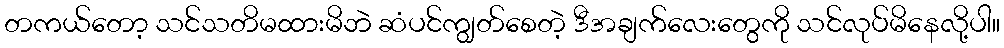
တကယ်တော့ သင်သတိမထားမိဘဲ ဆံပင်ကျွတ်စေတဲ့ ဒီအချက်လေးတွေကို သင်လုပ်မိနေလို့ပါ။